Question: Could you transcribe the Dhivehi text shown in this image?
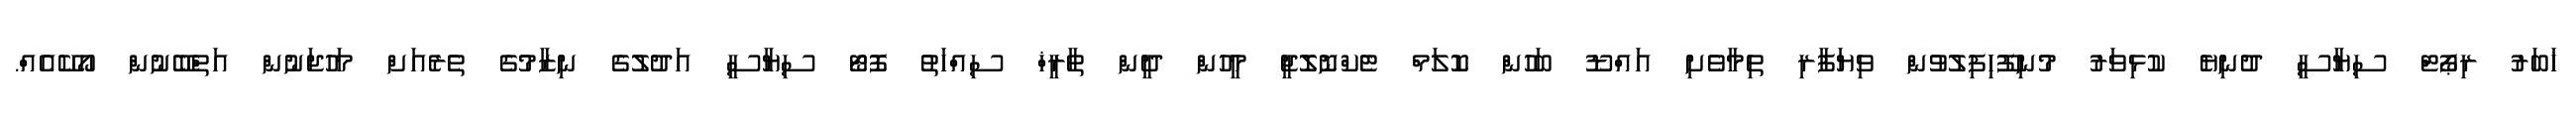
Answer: ޚަބަރު ރިޕޯޓް ސިޔާސީ ދުނިޔެ ކުޅިވަރު މުނިފޫހިފިލުވުން ވިޔަފާރި ތިމާވެށި އައްޑޫ ބަހުން ކޮލަމް ޓެކްނޮލޮޖީ މީހުން ދީން ތާރީޚް ސިއްހަތު ފޮޓޯ ސިޔާސީ އަދުލުގެ ނިޒާމުގެ ތެރެއަށް މަހުޖަނުން އަތްބޭނުން އޯކޭއެއް.